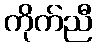
ကိုက်ညီ